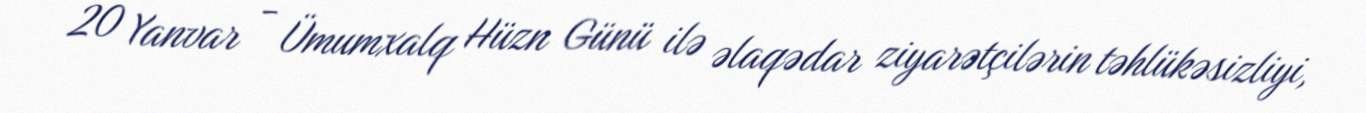
20 Yanvar - Ümumxalq Hüzn Günü ilə əlaqədar ziyarətçilərin təhlükəsizliyi,